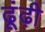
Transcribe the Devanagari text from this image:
ढूंढ़ी